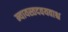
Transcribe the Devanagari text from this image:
न्यायस्तदवयवाश्च